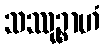
သဿုဉ္စာဟံ